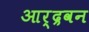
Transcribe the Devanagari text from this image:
आर्द्रवन